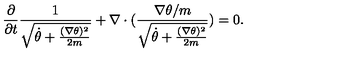
\frac { \partial } { \partial t } \frac { 1 } { \sqrt { \dot { \theta } + \frac { ( \nabla \theta ) ^ { 2 } } { 2 m } } } + \nabla \cdot ( \frac { \nabla \theta / m } { \sqrt { \dot { \theta } + \frac { ( \nabla \theta ) ^ { 2 } } { 2 m } } } ) = 0 .